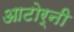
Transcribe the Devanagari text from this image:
आटोर्नी